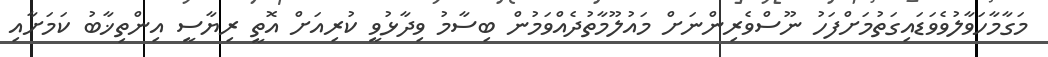
މަގާމާހަވާލުވެވަޑައިގަތުމަށްފަހު ނޫސްވެރިންނަށް މައުލޫމާތުދެއްވަމުން ބިސާމު ވިދާޅުވީ ކުރިއަށް އޮތީ ރިޔާސީ އިންތިޚާބު ކަމަށާއި